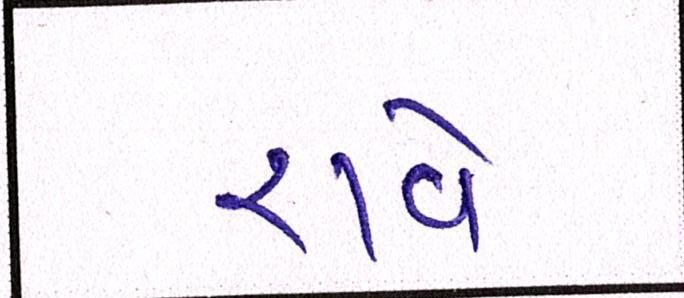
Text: રાવે